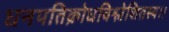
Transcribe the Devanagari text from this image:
धनपतिक्रोधविश्लेशितस्य।।